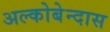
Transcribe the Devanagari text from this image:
अल्कोबेन्दास